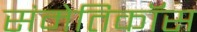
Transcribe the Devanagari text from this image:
संमेतिकॉस